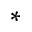
*